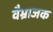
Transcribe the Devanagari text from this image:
वैभ्राजक